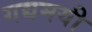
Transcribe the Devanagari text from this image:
गद्यमयी